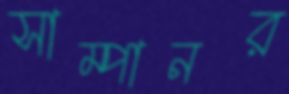
সাম্পানর